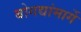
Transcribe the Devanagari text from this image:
बोगद्यांमार्गे